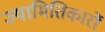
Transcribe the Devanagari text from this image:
ज्यामितिकारों